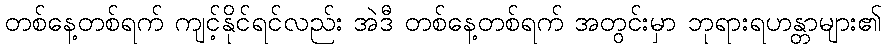
တစ်နေ့တစ်ရက် ကျင့်နိုင်ရင်လည်း အဲဒီ တစ်နေ့တစ်ရက် အတွင်းမှာ ဘုရားရဟန္တာများ၏